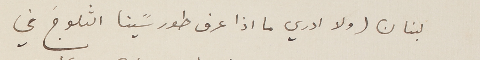
لبنان (ولا ادري ما اذا عرف طور سًينا الثلوجَ في